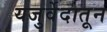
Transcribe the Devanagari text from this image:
यजुर्वेदातून